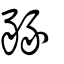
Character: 豩